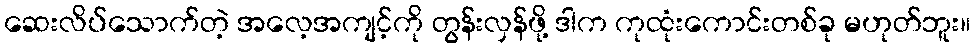
ဆေးလိပ်သောက်တဲ့ အလေ့အကျင့်ကို တွန်းလှန်ဖို့ ဒါက ကုထုံးကောင်းတစ်ခု မဟုတ်ဘူး။